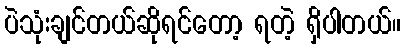
ပဲသုံးချင်တယ်ဆိုရင်တော့ ရတဲ့ ရှိပါတယ်။